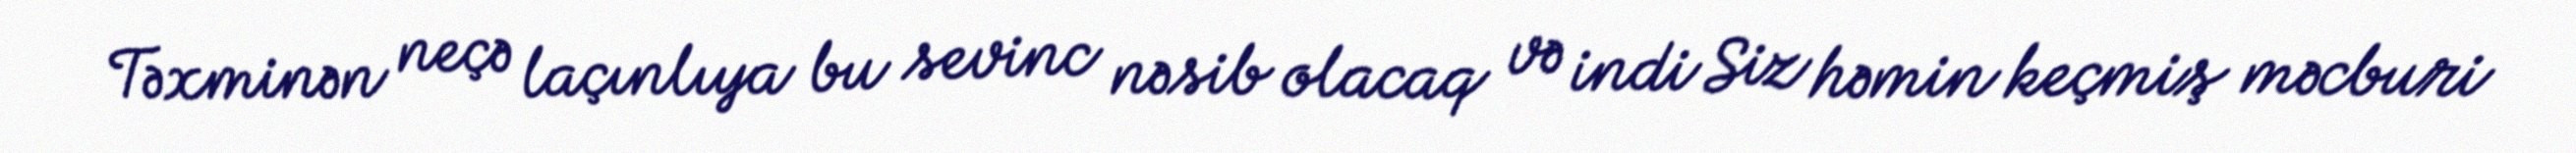
Təxminən neçə laçınlıya bu sevinc nəsib olacaq və indi Siz həmin keçmiş məcburi